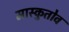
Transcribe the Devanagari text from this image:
मास्कुतोव